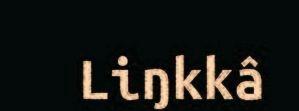
Liŋkkâ